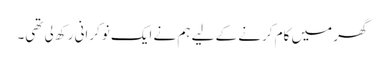
گھر میں کام کرنے کے لیے ہم نے ایک نوکرانی رکھ لی تھی۔